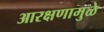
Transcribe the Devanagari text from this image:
आरक्षणामुळे